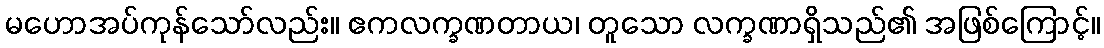
မဟောအပ်ကုန်သော်လည်း။ ဧကလက္ခဏတာယ၊ တူသော လက္ခဏာရှိသည်၏ အဖြစ်ကြောင့်။